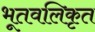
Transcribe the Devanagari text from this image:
भूतवलिकृत